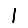
Digit: 1